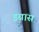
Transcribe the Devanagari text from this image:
इग्नास